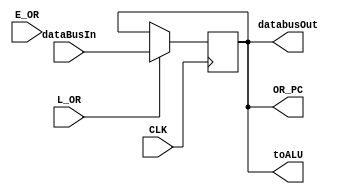
module OperandRegister(
	       //inout  [7:0]   dataBus,
	input     [15:0]   dataBusIn, 
	output    [15:0]   databusOut,
	output [15:0]   toALU,
	output [15:0]   OR_PC,
	input 			E_OR,
	input 			L_OR,
	input 			CLK
);
	//reg [7:0]	OR_out_Bus;
	reg [15:0] 	OR_data;
	wire [15:0] OR_in_Bus;
    
	           //assign dataBus = (E_OR)?OR_data:8'hzz;
	           //assign OR_in_Bus = dataBus;
                assign databusOut = OR_data;
                assign OR_in_Bus = dataBusIn;
    
    assign toALU = OR_data;
    assign OR_PC = OR_data;
    
    initial
        OR_data = 0;
    
	always @ (posedge CLK)
	begin		
		if (L_OR == 1'b1)
			OR_data = OR_in_Bus;
	end
			
	/*always @(E_OR)
	begin
		if (E_OR == 1'b1)
		begin
			OR_out_Bus = OR_data;			
		end
		else 
		begin
			OR_out_Bus = 8'hzz;
	    end	
	end	*/
	

endmodule